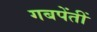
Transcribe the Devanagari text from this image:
गबपेंतीं